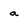
Character: a